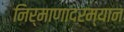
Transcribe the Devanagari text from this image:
निर्माणादरम्यान